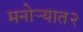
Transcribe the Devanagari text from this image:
मनोऱ्यात२